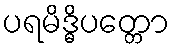
ပရမိဒ္ဓိပတ္တော